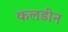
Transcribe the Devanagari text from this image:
कलडीन